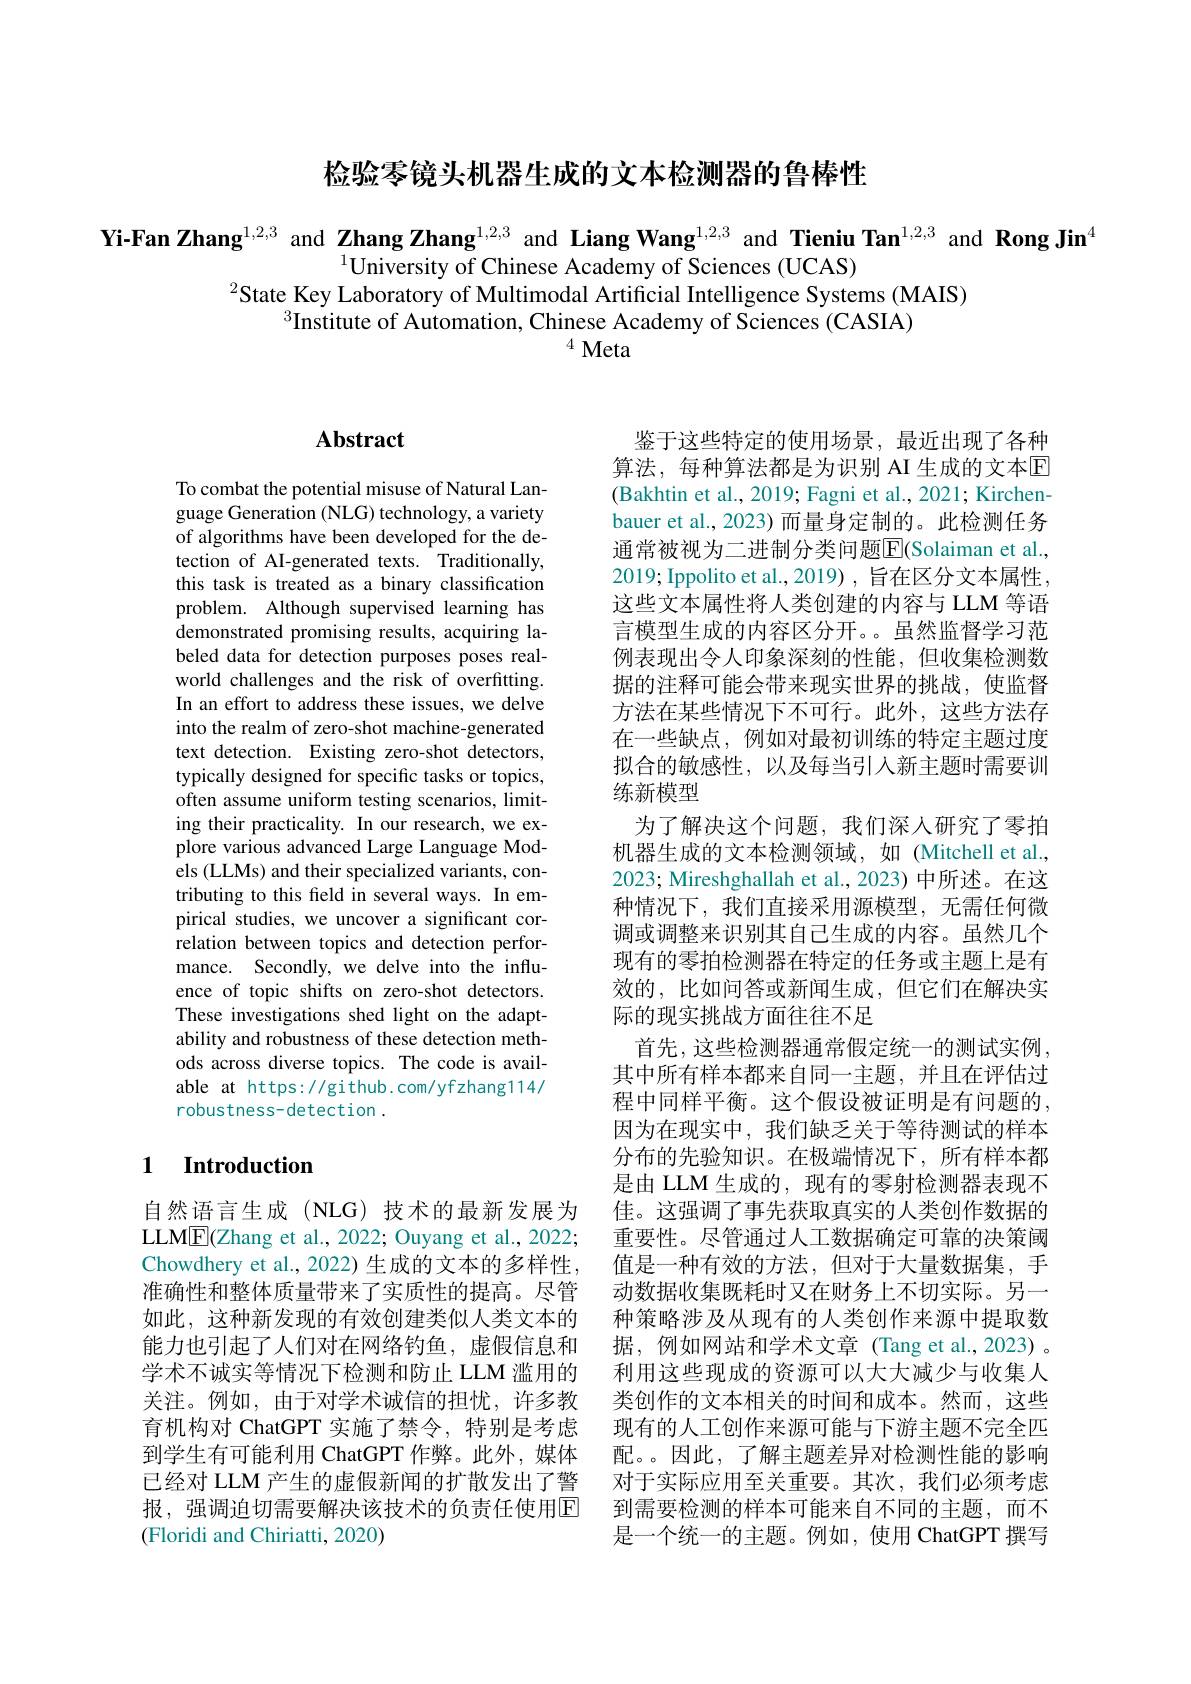
检验零镜头机器生成的文本检测器的鲁棒性

Yi-Fan Zhang$^{1,2,3}$ and Zhang Zhang$^{1,2,3}$ and Liang Wang$^{1,2,3}$ and Tieniu Tan$^{1,2,3}$ and Rong Jin$^{4}$
$^{1}\bar{\text{University of Chinese Academy of Sciences (UCAS)}}$
$^{2}$State Key Laboratory of Multimodal Artificial Intelligence Systems (MAIS)
$\dot{^{3}\text{Institute of Automation, Chinese Academy of Sciences (CASIA)}}$
$4Meta$

## $\mathbf{Abstract}$

To combat the potential misuse of Natural Language Generation (NLG) technology, a variety of algorithms have been developed for the detection of AI-generated texts. Traditionally, this task is treated as a binary classification problem. Although supervised learning has demonstrated promising results, acquiring labeled data for detection purposes poses realworld challenges and the risk of overfitting. In an effort to address these issues, we delve into the realm of zero-shot machine-generated text detection. Existing zero-shot detectors, typically designed for specific tasks or topics, often assume uniform testing scenarios, limiting their practicality. In our research, we explore various advanced Large Language Models (LLMs) and their specialized variants, contributing to this feld in several ways. In empirical studies, we uncover a significant correlation between topics and detection performance. Secondly, we delve into the influence of topic shifts on zero-shot detectors. These investigations shed light on the adaptability and robustness of these detection methods across diverse topics. The code is available at https://github.com/yfzhang114/ robustness-detection .

### 1 Introduction

自然语言生成(NLG)技术的最新发展为LLME(Zhang et al., 2022; Ouyang et al., 2022; Chowdhery et al., 2022) 生成的文本的多样性， 准确性和整体质量带来了实质性的提高。尽管如此，这种新发现的有效创建类似人类文本的能力也引起了人们对在网络钓鱼，虚假信息和学术不诚实等情况下检测和防止 LLM 滥用的关注。例如，由于对学术诚信的担忧，许多教育机构对 ChatGPT 实施了禁令，特别是考虑到学生有可能利用 ChatGPT 作弊。此外，媒体已经对 LLM 产生的虚假新闻的扩散发出了警报，强调迫切需要解决该技术的负责任使用$\overline{\mathrm{E}}$ (Floridi and Chiriatti, 2020)

鉴于这些特定的使用场景，最近出现了各种算法，每种算法都是为识别 AI 生成的文本$\overline{\mathrm{E}}$ (Bakhtin et al., 2019; Fagni et al., 2021; Kirchenbauer et al., 2023) 而量身定制的。此检测任务通常被视为二进制分类问题$\overline{\mathrm{E}}($Solaiman et al., 2019; Ippolito et al.,2019) , 旨在区分文本属性， 这些文本属性将人类创建的内容与 LLM 等语言模型生成的内容区分开。。虽然监督学习范例表现出令人印象深刻的性能，但收集检测数据的注释可能会带来现实世界的挑战，使监督方法在某些情况下不可行。此外，这些方法存在一些缺点，例如对最初训练的特定主题过度拟合的敏感性，以及每当引入新主题时需要训练新模型
为了解决这个问题，我们深人研究了零拍机器生成的文本检测领域，如 (Mitchell et al., 2023; Mireshghallah et al., 2023) 中所述。在这种情况下，我们直接采用源模型，无需任何微调或调整来识别其自己生成的内容。虽然几个现有的零拍检测器在特定的任务或主题上是有效的，比如问答或新闻生成，但它们在解决实际的现实挑战方面往往不足
首先，这些检测器通常假定统一的测试实例， 其中所有样本都来自同一主题，并且在评估过程中同样平衡。这个假设被证明是有问题的， 因为在现实中，我们缺乏关于等待测试的样本分布的先验知识。在极端情况下，所有样本都是由 LLM 生成的，现有的零射检测器表现不佳。这强调了事先获取真实的人类创作数据的重要性。尽管通过人工数据确定可靠的决策阈值是一种有效的方法，但对于大量数据集，手动数据收集既耗时又在财务上不切实际。另一种策略涉及从现有的人类创作来源中提取数据，例如网站和学术文章 (Tang et al.,2023) 。利用这些现成的资源可以大大减少与收集人类创作的文本相关的时间和成本。然而，这些现有的人工创作来源可能与下游主题不完全匹配。。因此，了解主题差异对检测性能的影响对于实际应用至关重要。其次，我们必须考虑到需要检测的样本可能来自不同的主题，而不是一个统一的主题。例如，使用 ChatGPT 撰写